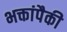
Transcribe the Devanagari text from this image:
भक्तांपैकी